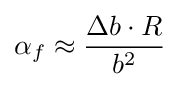
\alpha _{f}\approx {\frac {\Delta b\cdot R}{b^{2}}}